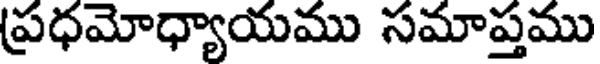
ప్రధమోధ్యాయము సమాప్తము